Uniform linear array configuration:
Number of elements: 64
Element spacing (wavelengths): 0.75
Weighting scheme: kaiser
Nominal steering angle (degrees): -30
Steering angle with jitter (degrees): -31.846
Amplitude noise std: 0.05
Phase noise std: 0.05

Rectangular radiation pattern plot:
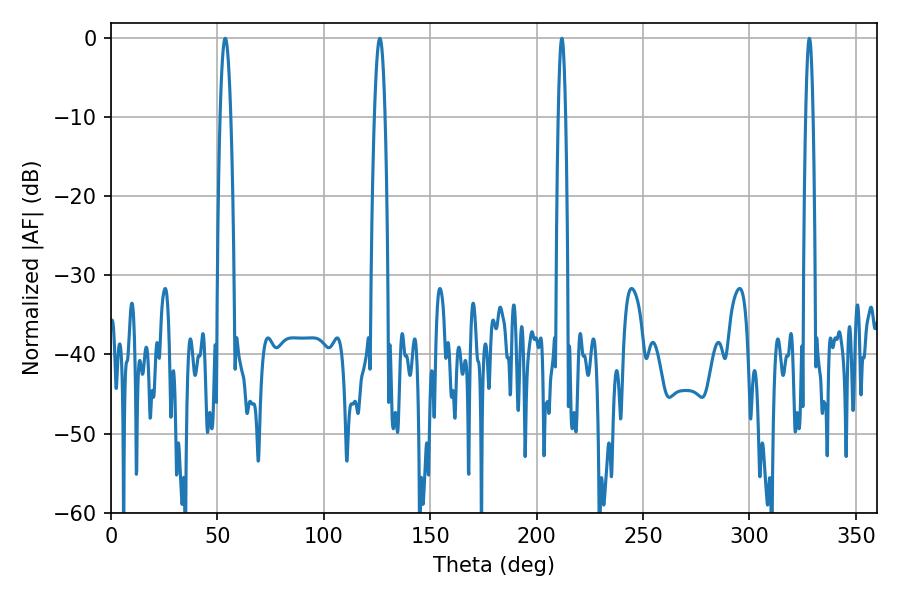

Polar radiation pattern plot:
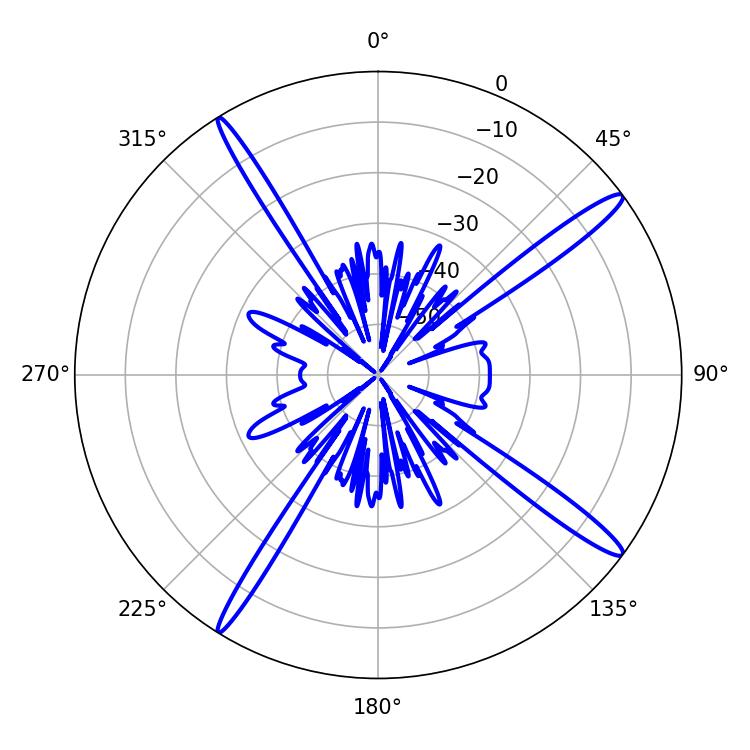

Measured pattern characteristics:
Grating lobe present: TRUE
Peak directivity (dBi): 16.383
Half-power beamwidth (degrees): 1.8
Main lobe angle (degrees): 211.86